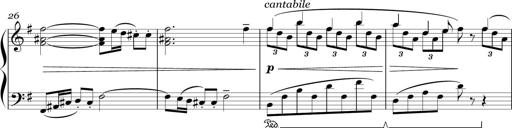
Title: Sonatina in E minor
Composer: Shuwen Zhang
Key: E minor